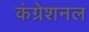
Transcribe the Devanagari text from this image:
कंग्रेशनल